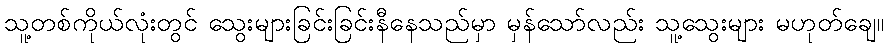
သူ့တစ်ကိုယ်လုံးတွင် သွေးများခြင်းခြင်းနီနေသည်မှာ မှန်သော်လည်း သူ့သွေးများ မဟုတ်ချေ။